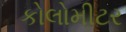
કોલોમીટર